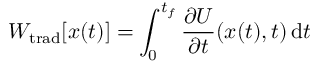
W _ { \mathrm { t r a d } } [ { \boldsymbol { x } } ( t ) ] = \int _ { 0 } ^ { t _ { f } } \frac { \partial U } { \partial t } ( { \boldsymbol { x } } ( t ) , t ) \, \mathrm { d } t